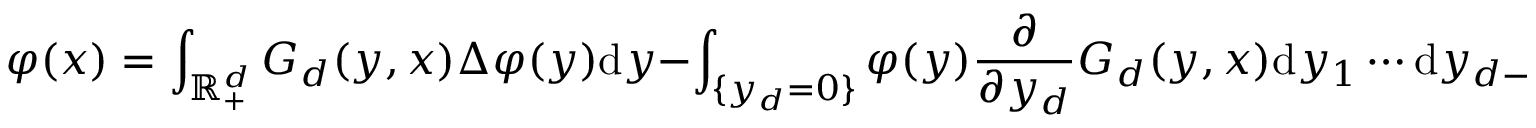
\varphi ( x ) = \int _ { \mathbb { R } _ { + } ^ { d } } G _ { d } ( y , x ) \Delta \varphi ( y ) \mathrm { d } y - \int _ { \{ y _ { d } = 0 \} } \varphi ( y ) \frac { \partial } { \partial y _ { d } } G _ { d } ( y , x ) \mathrm { d } y _ { 1 } \cdots \mathrm { d } y _ { d - 1 }